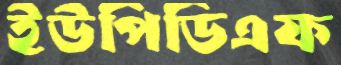
ইউপিডিএফ